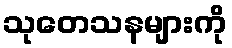
သုတေသနများကို